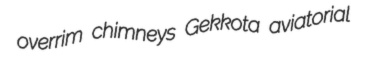
overrim chimneys Gekkota aviatorial